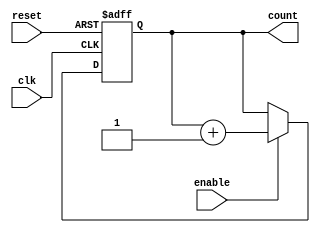
module UpCounterMoore (
    input clk,        // Clock signal
    input reset,      // Asynchronous reset
    input enable,     // Enable signal
    output reg [2:0] count // 3-bit output count value
);

    // State transition
    always @(posedge clk or posedge reset) begin
        if (reset) begin
            // Reset count to 0
            count <= 3'b000;
        end else if (enable) begin
            // Increment count
            count <= count + 1;
        end
    end

endmodule